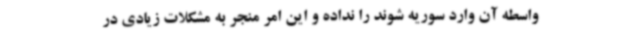
واسطه آن وارد سوریه شوند را نداده و این امر منجر به مشکلات زیادی در